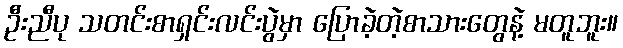
ဦးညီပု သတင်းစာရှင်းလင်းပွဲမှာ ပြောခဲ့တဲ့စာသားတွေနဲ့ မတူဘူး။